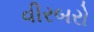
વીરબરો